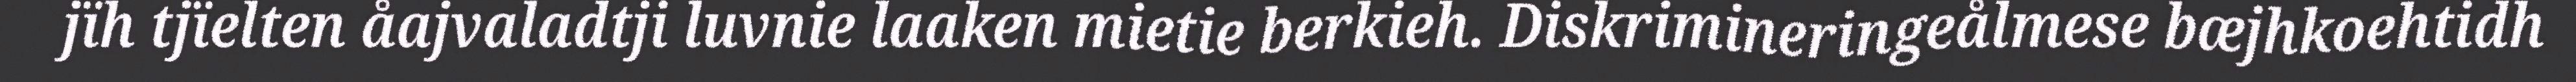
jïh tjïelten åajvaladtji luvnie laaken mietie berkieh. Diskrimineringeålmese bæjhkoehtidh